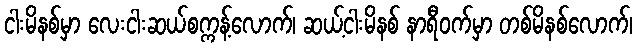
ငါးမိနစ်မှာ လေးငါးဆယ်စက္ကန့်လောက်၊ ဆယ့်ငါးမိနစ် နာရီဝက်မှာ တစ်မိနစ်လောက်၊